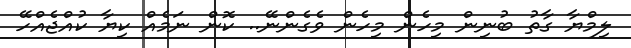
ލިމްޔާ ގާތު ބުނިން މިހެން މިހެން ވެގެންނޭ.. ކޮން ނަމެއް ކިޔާ ކުއްޖެއްހޭ